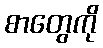
စာတွေကို